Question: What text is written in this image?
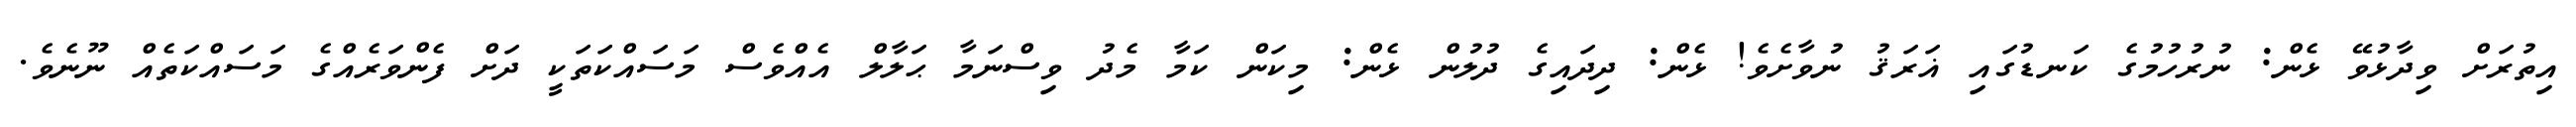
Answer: އިތުރަށް ވިދާޅުވޭ ޅެން: ނުރުހުމުގެ ކަނޑުގައި ޣަރަޤު ނުވާށެވެ! ޅެން: ދިދައިގެ ދުލުން ޅެން: މިކަން ކަމާ މެދު ވިސްނަމާ ޙަލާލް އެއްވެސް މަސައްކަތަކީ ދަށް ފެންވަރެއްގެ މަސައްކަތެއް ނޫނެވެ.